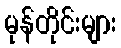
မုန်တိုင်းများ